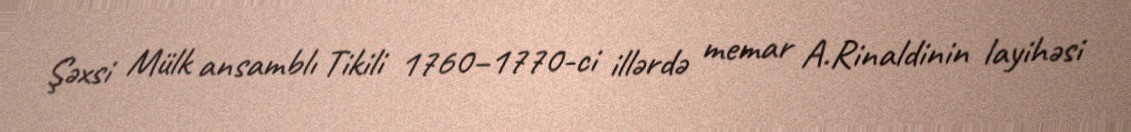
Şəxsi Mülk ansamblı Tikili 1760–1770-ci illərdə memar A.Rinaldinin layihəsi